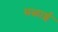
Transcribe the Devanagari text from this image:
मळाई